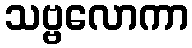
သဗ္ဗလောကာ